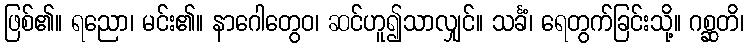
ဖြစ်၏။ ရညော၊ မင်း၏။ နာဂေါတွေဝ၊ ဆင်ဟူ၍သာလျှင်။ သင်္ခံ၊ ရေတွက်ခြင်းသို့။ ဂစ္ဆတိ၊